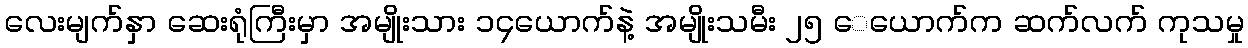
လေးမျက်နှာ ဆေးရုံကြီးမှာ အမျိုးသား ၁၄ယောက်နဲ့ အမျိုးသမီး ၂၅ ေယောက်က ဆက်လက် ကုသမှု